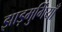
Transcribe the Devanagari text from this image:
झाड़मुर्गियाँ